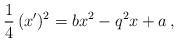
LaTeX: \begin{align*}\frac{1}{4}\,(x')^2=bx^2-q^2x+a\,,\end{align*}